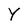
Character: Y